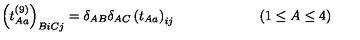
\left( t _ { A a } ^ { ( 9 ) } \right) _ { B i C j } = \delta _ { A B } \delta _ { A C } \left( t _ { A a } \right) _ { i j } \qquad \qquad \qquad ( 1 \leq A \leq 4 ) \qquad \qquad \qquad \quad